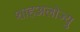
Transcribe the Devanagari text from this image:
शाहअलोज्यु